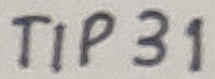
Text: TIP31